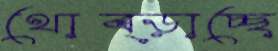
থোব্‌ড়াচ্ছে